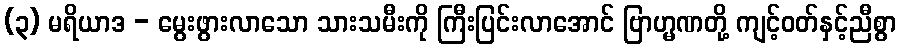
(၃) မရိယာဒ - မွေးဖွားလာသော သားသမီးကို ကြီးပြင်းလာအောင် ဗြာဟ္မဏတို့ ကျင့်ဝတ်နှင့်ညီစွာ